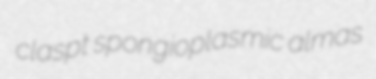
claspt spongioplasmic almas